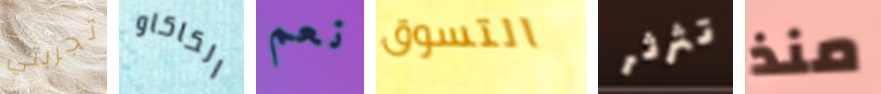
تجربتي الكاكاو نعم التسوق تثرثر منذ